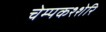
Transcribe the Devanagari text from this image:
चेम्पकश्शेरि